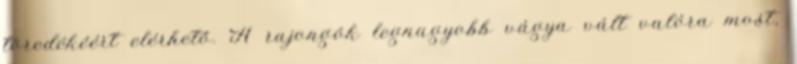
töredékéért elérhető. A rajongók legnagyobb vágya vált valóra most,